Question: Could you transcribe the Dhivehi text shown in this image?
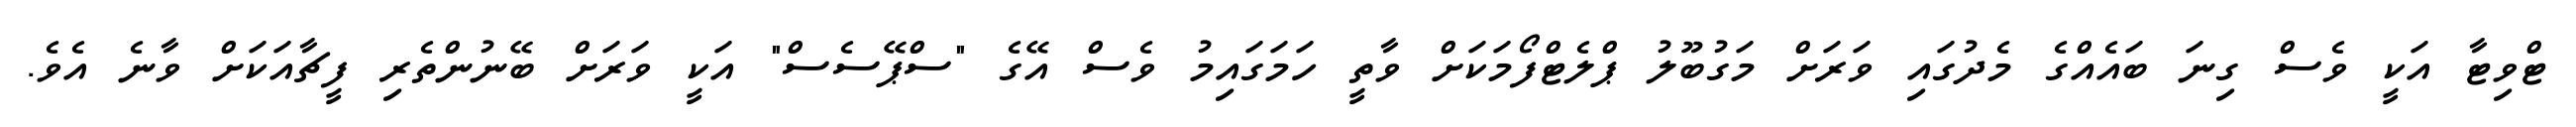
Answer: ޓްވިޓާ އަކީ ވެސް ގިނަ ބައެއްގެ މެދުގައި ވަރަށް މަގުބޫލު ޕްލެޓްފޯމަކަށް ވާތީ ހަމަގައިމު ވެސް އޭގެ "ސްޕޭސެސް" އަކީ ވަރަށް ބޭނުންތެރި ފީޗާއަކަށް ވާނެ އެވެ.